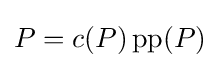
P=c(P)\operatorname {pp} (P)